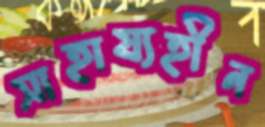
সাহায্যহীন